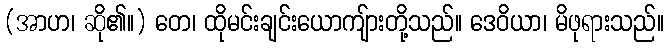
(အာဟ၊ ဆို၏။) တေ၊ ထိုမင်းချင်းယောကျ်ားတို့သည်။ ဒေဝိယာ၊ မိဖုရားသည်။